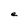
Character: e